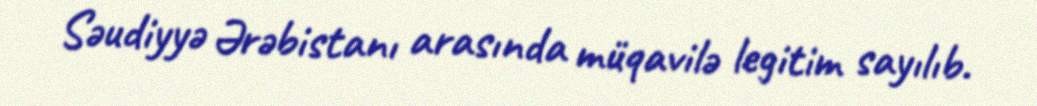
Səudiyyə Ərəbistanı arasında müqavilə legitim sayılıb.